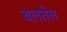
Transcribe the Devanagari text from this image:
बलतैल